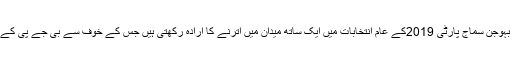
سماجوادی پارٹی اور بہوجن سماج پارٹی 2019کے عام انتخابات میں ایک ساتھ میدان میں اترنے کا ارادہ رکھتی ہیں جس کے خوف سے بی جے پی کے خیموں میں ہلچل ہے۔